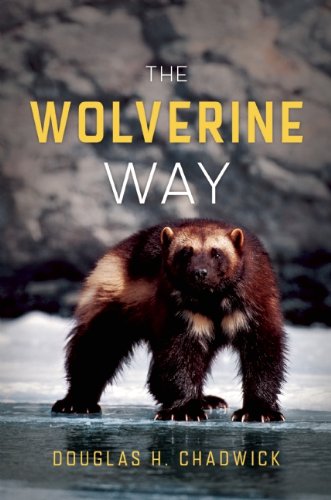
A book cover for The Wolverine Way; Douglas H. Chadwick; Science & Math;